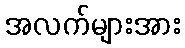
အလက်များအား